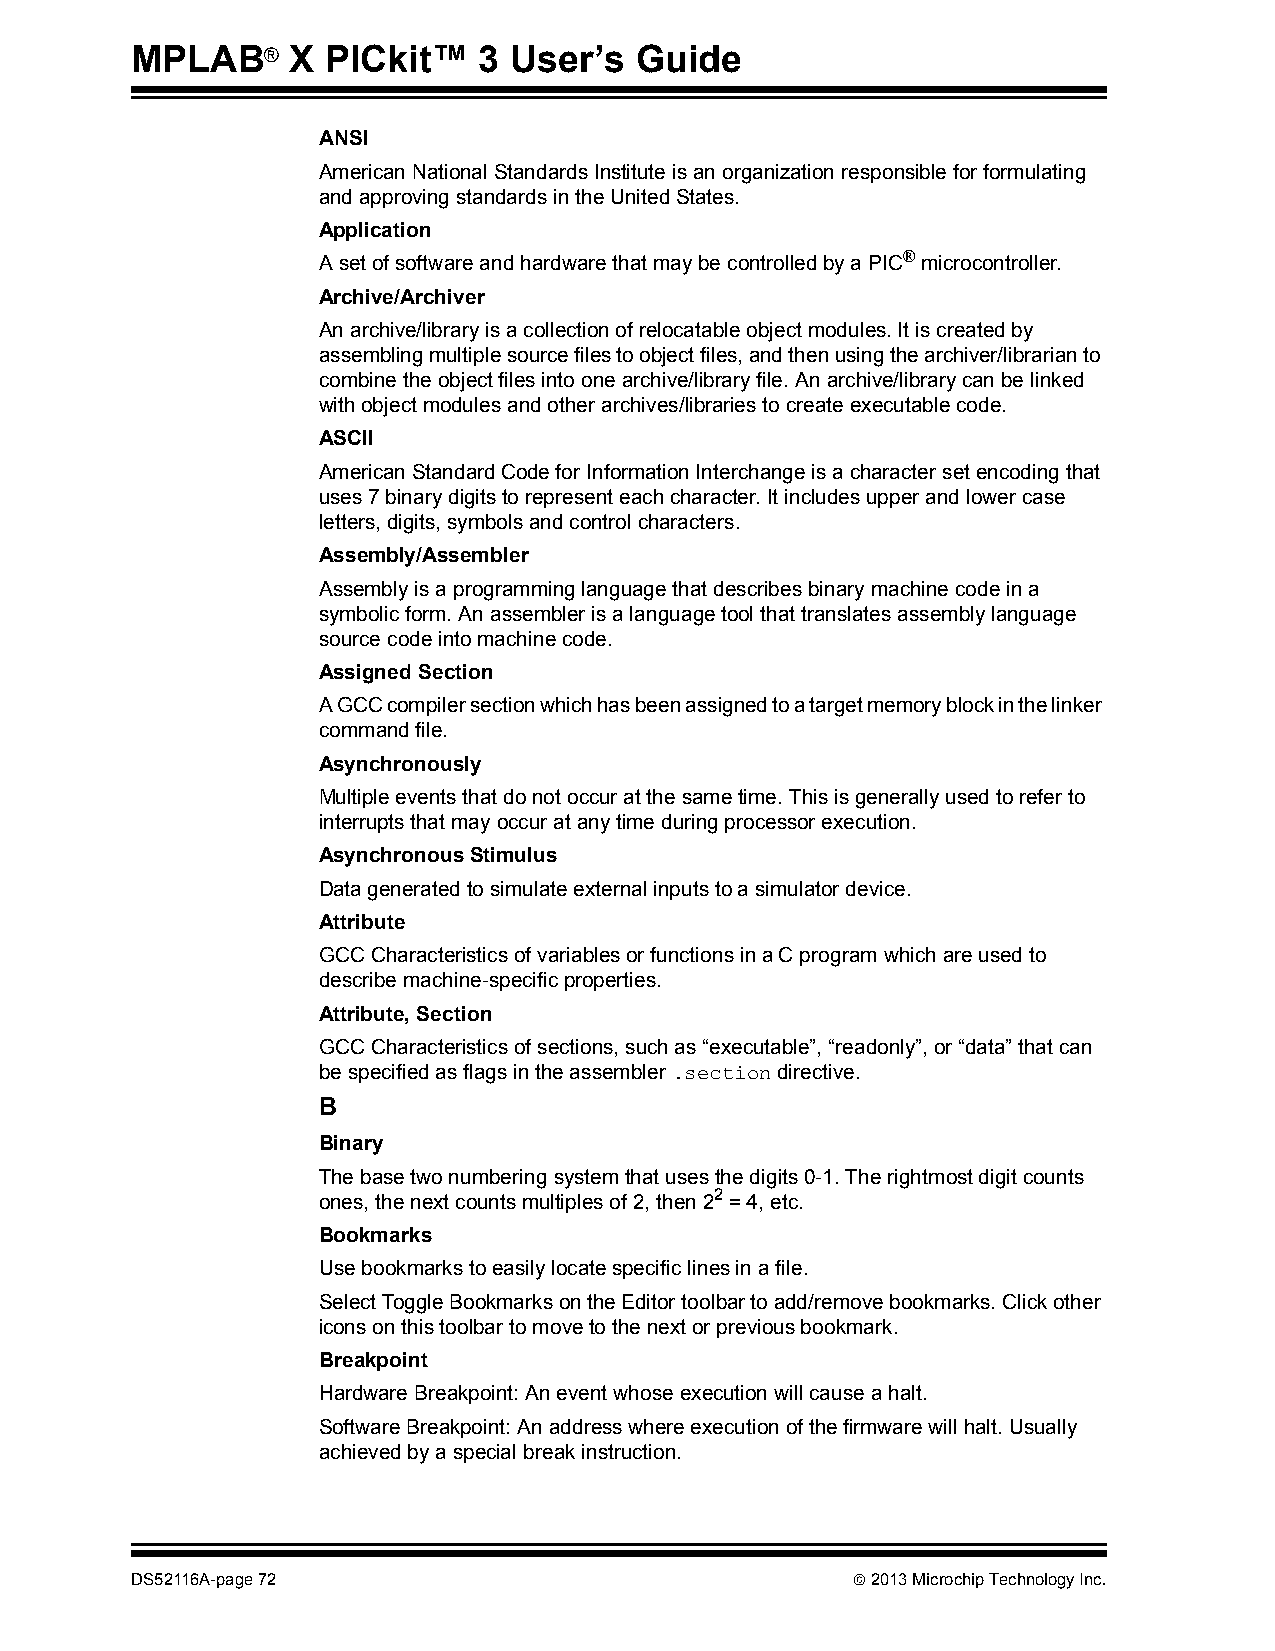
MPLAB®    X  PICkit™   3 User’s  Guide
 ANSI
 American National Standards Institute is an organization responsible for formulating
 and approving standards in the United States.
 Application
 A set of software and hardware that may be controlled by a PIC® microcontroller.
 Archive/Archiver
 An archive/library is a collection of relocatable object modules. It is created by
 assembling multiple source files to object files, and then using the archiver/librarian to
 combine the object files into one archive/library file. An archive/library can be linked
 with object modules and other archives/libraries to create executable code.
 ASCII
 American Standard Code for Information Interchange is a character set encoding that
 uses 7 binary digits to represent each character. It includes upper and lower case
 letters, digits, symbols and control characters.
 Assembly/Assembler
 Assembly is a programming language that describes binary machine code in a
 symbolic form. An assembler is a language tool that translates assembly language
 source code into machine code.
 Assigned Section
 A GCC compiler section which has been assigned to a target memory block in the linker
 command file.
 Asynchronously
 Multiple events that do not occur at the same time. This is generally used to refer to
 interrupts that may occur at any time during processor execution.
 Asynchronous Stimulus
 Data generated to simulate external inputs to a simulator device.
 Attribute
 GCC Characteristics of variables or functions in a C program which are used to
 describe machine-specific properties.
 Attribute, Section
 GCC Characteristics of sections, such as “executable”, “readonly”, or “data” that can
 be specified as flags in the assembler .section directive.
 B
 Binary
 The base two numbering system that uses the digits 0-1. The rightmost digit counts
 ones, the next counts multiples of 2, then 22 = 4, etc.
 Bookmarks
 Use bookmarks to easily locate specific lines in a file.
 Select Toggle Bookmarks on the Editor toolbar to add/remove bookmarks. Click other
 icons on this toolbar to move to the next or previous bookmark.
 Breakpoint
 Hardware Breakpoint: An event whose execution will cause a halt.
 Software Breakpoint: An address where execution of the firmware will halt. Usually
 achieved by a special break instruction.
 DS52116A-page 72                                2013 Microchip Technology Inc.